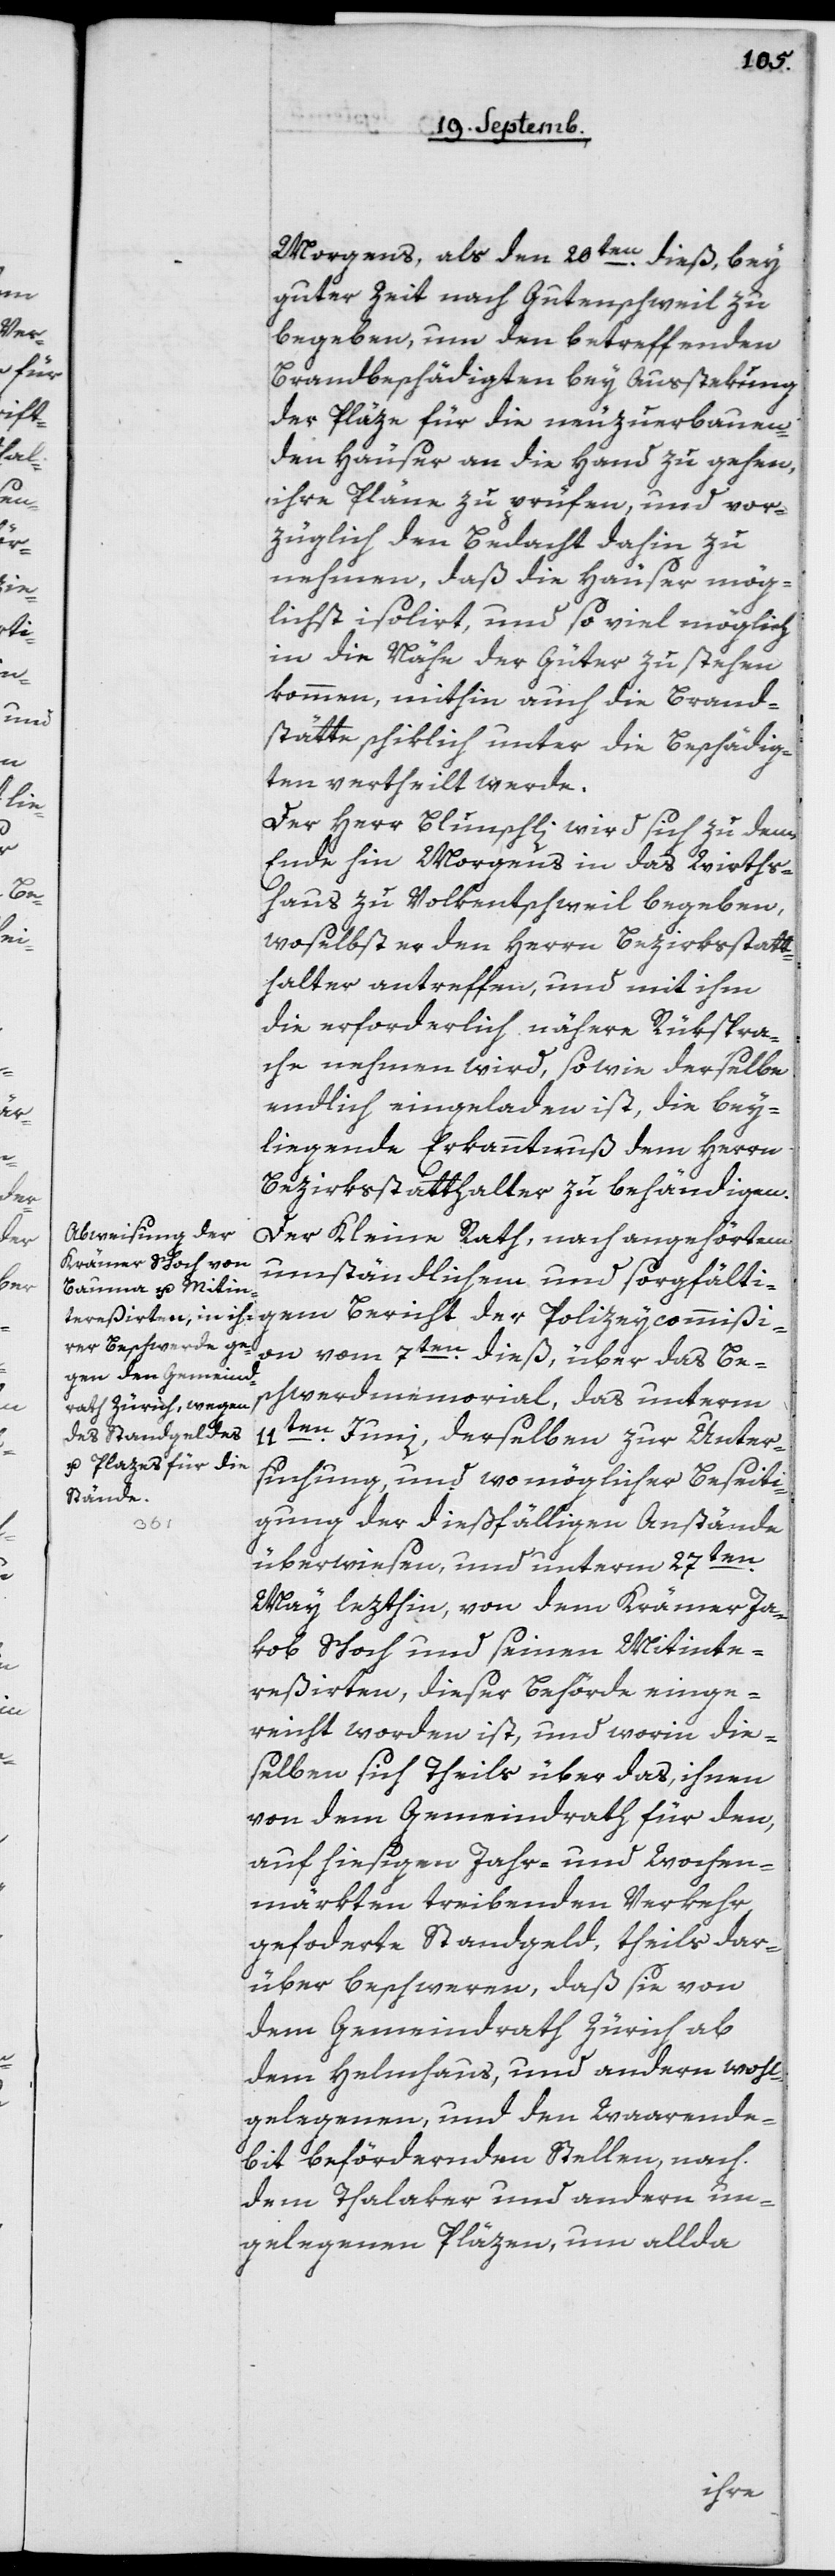
Morgens, als den 20ten dieß, bey
guter Zeit nach Gutenschweil zu
begeben, und den betreffenden
Brandbeschädigten bey Ausstekung
der Pläze für die neu zu bauen¬
den Häuser an die Hand zu gehen,
ihre Pläne zu prüfen, und vor¬
züglich den Bedacht dahin zu
nehmen, daß die Häuser mög¬
lichst isolirt und so viel möglich
in die Nähe der Güter zu stehen
kommen, mithin auch die Brand¬
stätte schiklich unter die Beschädig¬
ten vertheilt werde.
Der Herr Blunschli wird sich zu dem
Ende hin Morgens in das Wirths¬
haus zu Volkentschweil begeben,
woselbst er den Herrn Bezirksstatt¬
halter antreffen und mit ihm
die erforderlich nähere Rükspra¬
che nehmen wird, sowie derselbe
endlich eingeladen ist, die bey¬
liegende Erkanntnuß dem Herrn
Bezirksstatthalter zu behändigen.
Der Kleine Rath, nach angehörtem
umständlichem und sorgfälti¬
gem Bericht der Polizeycommißi¬
on vom 7ten dieß, über das Be¬
schwerdmemorial, das unterm
11ten Juni, derselben zur Unter¬
suchung und womöglicher Beseiti¬
gung der dießfälligen Anstände
überwiesen, und unterm 27ten
May lezthin, von dem Krämer Ja¬
kob Schoch und seinen Mitinte¬
reßierten, dieser Behörde einge¬
reicht worden ist, und worin die¬
selben sich theils über das, ihnen
von dem Gemeindrath für den,
auf hiesigen Jahr- und Wochen¬
märkten treibenden Verkehr,
geforderte Standgeld, theils dar¬
über beschweren, daß sie von
dem Gemeindrath Zürich ab
dem Helmhaus, und andern wohl¬
gelegenen, und den Waarende¬
bit befördernden Stellen nach
dem Talaker und andern un¬
gelegenen Pläzen, um allda